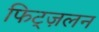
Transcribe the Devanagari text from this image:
फिट्ज़लन